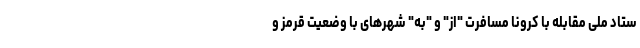
ستاد ملی مقابله با کرونا مسافرت "از" و "به" شهرهای با وضعیت قرمز و